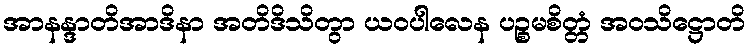
အာနန္ဒာတိအာဒိနာ အတိဒိသိတွာ ယဝပါလေန ပဉ္စမစိတ္တံ အဝသိဋ္ဌောတိ